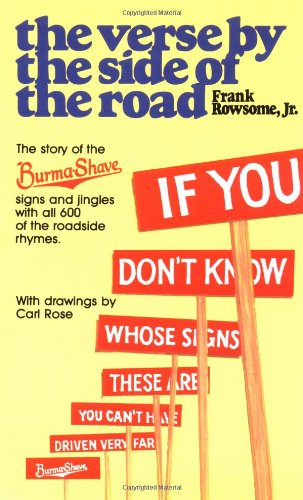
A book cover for Verse by the Side of the Road: The Story of the Burma-Shave Signs and Jingles (Plume); Frank Rowsome; Humor & Entertainment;